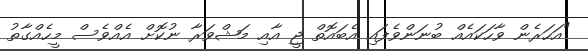
"އަހަރެން ވާހަކައެއް ބުނަންވެފައި އެބައޮތް ޖީ އާއި މަޝްވަރާ ނުކޮށް އެއްވެސް މީހެއްގާތު